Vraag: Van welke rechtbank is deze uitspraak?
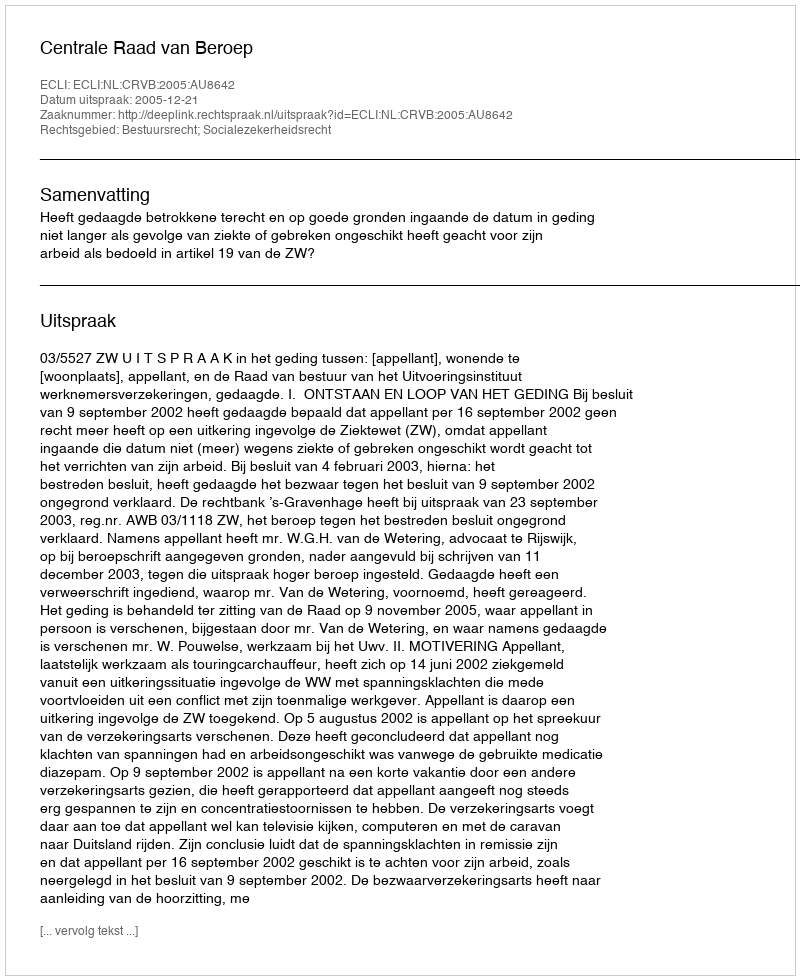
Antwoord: Centrale Raad van Beroep